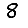
Digit: 8